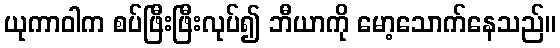
ယုကာဝါက စပ်ဖြီးဖြီးလုပ်၍ ဘီယာကို မော့သောက်နေသည်။